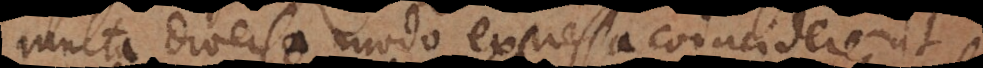
multa diverso modo expressa coincidere, ut